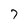
Character: 7